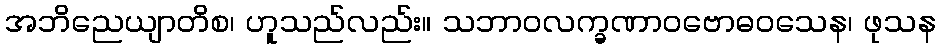
အဘိညေယျာတိစ၊ ဟူသည်လည်း။ သဘာဝလက္ခဏာဝဗောဓဝသေန၊ ဖုသန